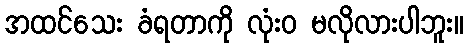
အထင်သေး ခံရတာကို လုံးဝ မလိုလားပါဘူး။